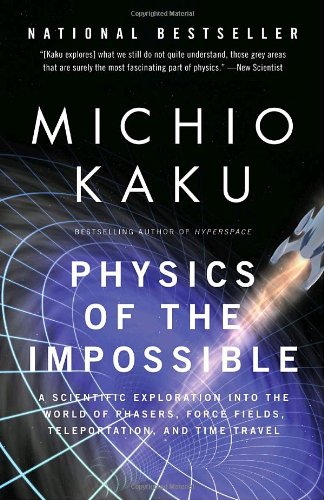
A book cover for Physics of the Impossible: A Scientific Exploration into the World of Phasers, Force Fields, Teleportation, and Time Travel; Michio Kaku; Science & Math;